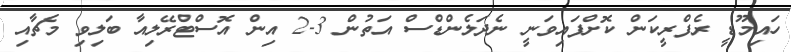
ހައިމޫޑީ ރެފްރީކަން ކޮށްފައިވަނީ ނެދަލެންޑްސް އަތުން 3-2 އިން އޮސްޓްރޭލިއާ ބަލިވި މެޗާއި